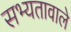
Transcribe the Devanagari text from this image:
सभ्यतावाले